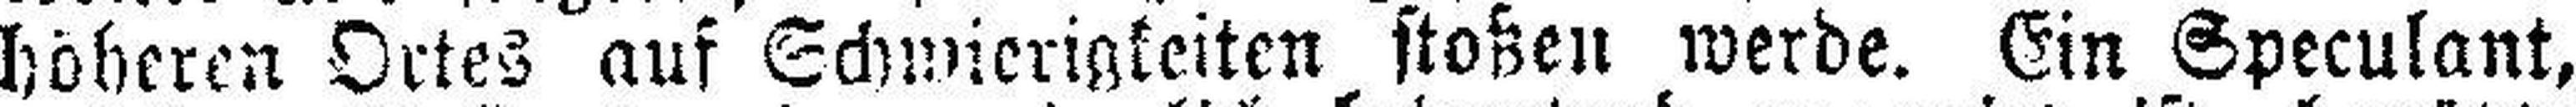
höheren Ortes auf Schwierigkeiten stoßen werde. Ein Speculant,